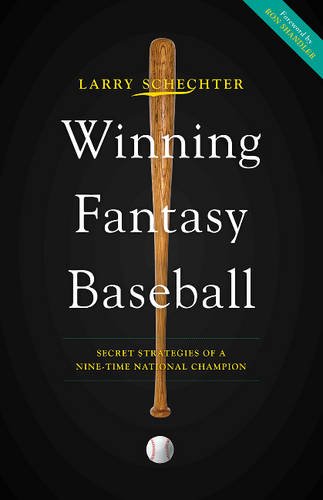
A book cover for Winning Fantasy Baseball: Secret Strategies of a Nine-Time National Champion; Larry Schechter; Humor & Entertainment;